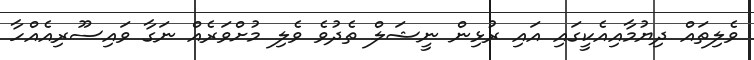
ވެލިތައް ދިޔުމާއިއެކީގައި އައި ރުޅިން ނީޝަލް ތެދުވެ ވެލި މުށްވަރެއް ނަގާ ވައިސޫރިއެއްހާ